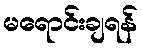
မရောင်းချရန်